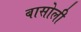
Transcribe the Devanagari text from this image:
बासोली